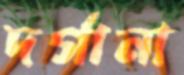
দর্গানা